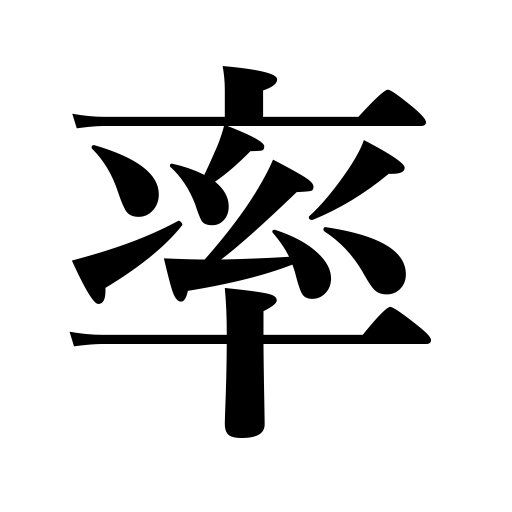
Meanings: rate,percentage,index,constant,lead,factor,coefficient,proportion,command troops,spearhead a group